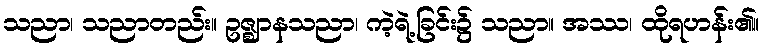
သညာ၊ သညာတည်း။ ဥဇ္ဈာနသညာ၊ ကဲ့ရဲ့ခြင်း၌ သညာ။ အဿ၊ ထိုရဟန်း၏။